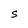
Character: s